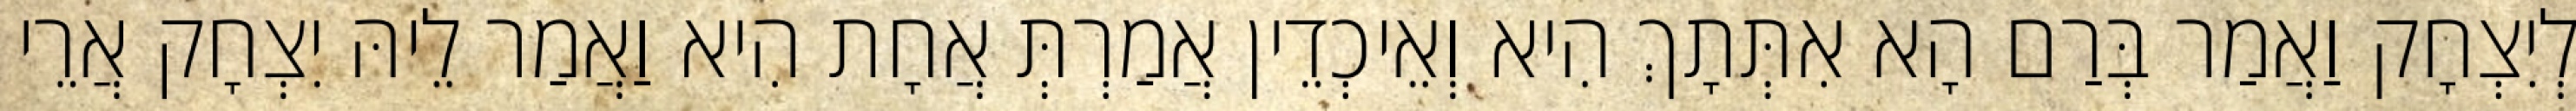
לְיִצְחָק וַאֲמַר בְּרַם הָא אִתְּתָךְ הִיא וְאֵיכְדֵין אֲמַרְתְּ אֲחָת הִיא וַאֲמַר לֵיהּ יִצְחָק אֲרֵי